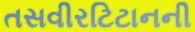
તસવીરટિટાનની